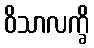
ဝိသာလက္ခိ